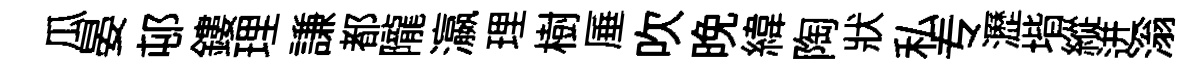
瓜晏邨鏤理謙都隴瀛理樹厜吹晚緯陶狀私专瀝堦縱迸滃